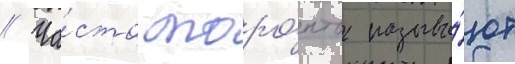
// Ча́сто торо́нто называ́ют